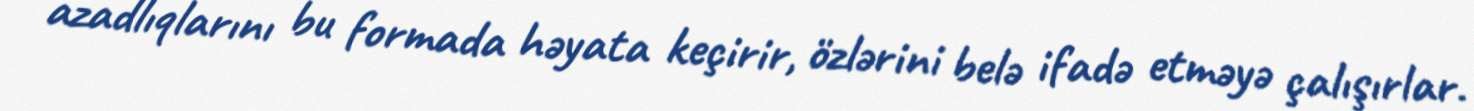
azadlıqlarını bu formada həyata keçirir, özlərini belə ifadə etməyə çalışırlar.